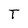
Character: T